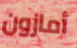
أمازون